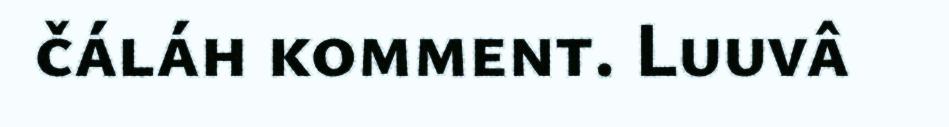
čáláh komment. Luuvâ